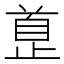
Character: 𱥅